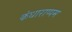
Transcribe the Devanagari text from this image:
कंधाराप्पम